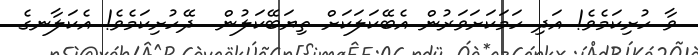
ވާ ހުށިކަމެވެ! އަދި ހަމަކަށަވަރުން އެބޭކަލަކަށް ތިޔަބޭކަލުން  ދޭހުށިކަމެވެ! އެކަލާނގެ